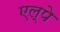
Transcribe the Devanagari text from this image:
एल्पे